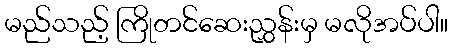
မည်သည့် ကြိုတင်ဆေးညွှန်းမှ မလိုအပ်ပါ။